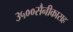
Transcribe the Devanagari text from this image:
३५००सैनीकासह